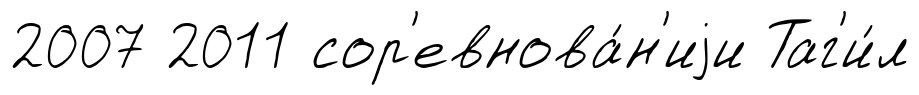
2007 2011 сор'евнова́н'иjи Таг'и́л